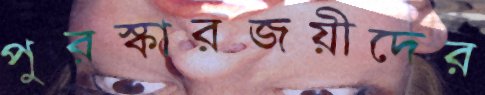
পুরস্কারজয়ীদের